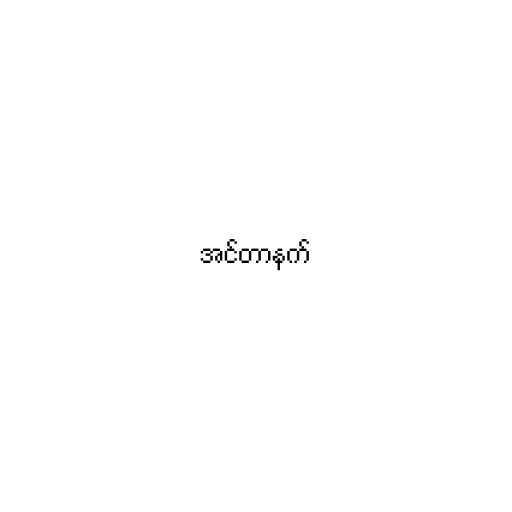
အင်တာနက်